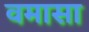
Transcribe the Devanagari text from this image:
वमासा